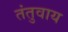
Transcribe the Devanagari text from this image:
तंतुवाय